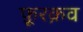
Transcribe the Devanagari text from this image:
फ़ूरक्रव